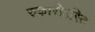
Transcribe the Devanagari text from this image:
रुकारोऽस्ति